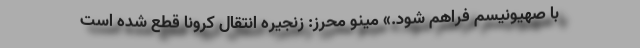
با صهیونیسم فراهم شود.» مینو محرز: زنجیره انتقال کرونا قطع شده است